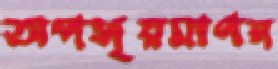
অপসৃয়মাণন